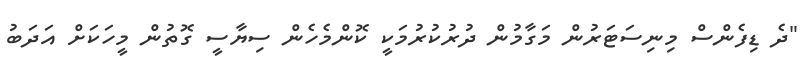
"ދެ ޑިފެންސް މިނިސަޓަރުން މަގާމުން ދުރުކުރުމަކީ ކޮންމެހެން ސިޔާސީ ގޮތުން މީހަކަށް އަދަބު